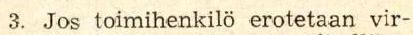
3. Jos toimihenkilö erotetaan vir-